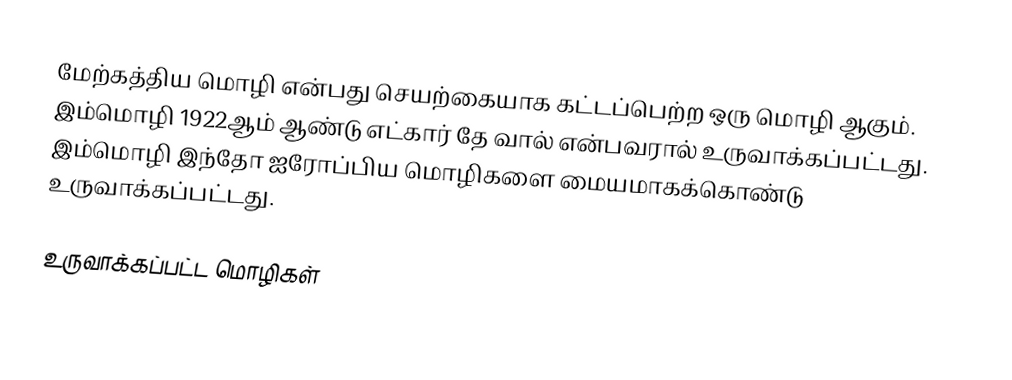
மேற்கத்திய மொழி என்பது செயற்கையாக கட்டப்பெற்ற ஒரு மொழி ஆகும். இம்மொழி 1922ஆம் ஆண்டு எட்கார் தே வால் என்பவரால் உருவாக்கப்பட்டது. இம்மொழி இந்தோ ஐரோப்பிய மொழிகளை மையமாகக்கொண்டு உருவாக்கப்பட்டது.

உருவாக்கப்பட்ட மொழிகள்